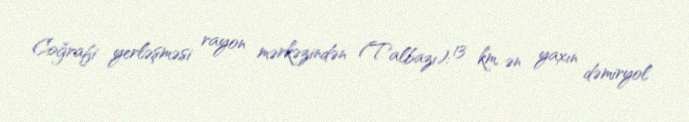
Coğrafi yerləşməsi rayon mərkəzindən (Talbazı): 13 km, ən yaxın dəmiryol